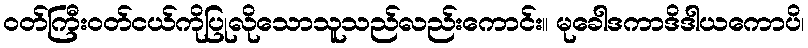
ဝတ်ကြီးဝတ်ငယ်ကိုပြုလိုသောသူသည်လည်းကောင်း။ မုခေါဒကာဒိဒါယကောပိ၊